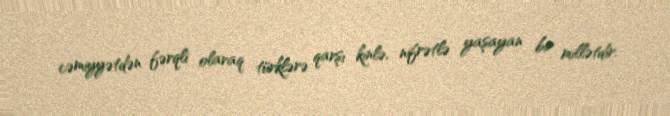
cəmiyyətdən fərqli olaraq türklərə qarşı kinlə, nifrətlə yaşayan bir millətdir.